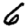
Digit: 6